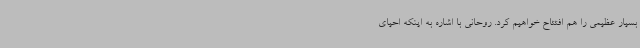
بسیار عظیمی را هم افتتاح خواهیم کرد. روحانی با اشاره به اینکه احیای